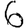
Digit: 6